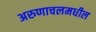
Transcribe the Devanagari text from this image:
अरुणाचलमधील